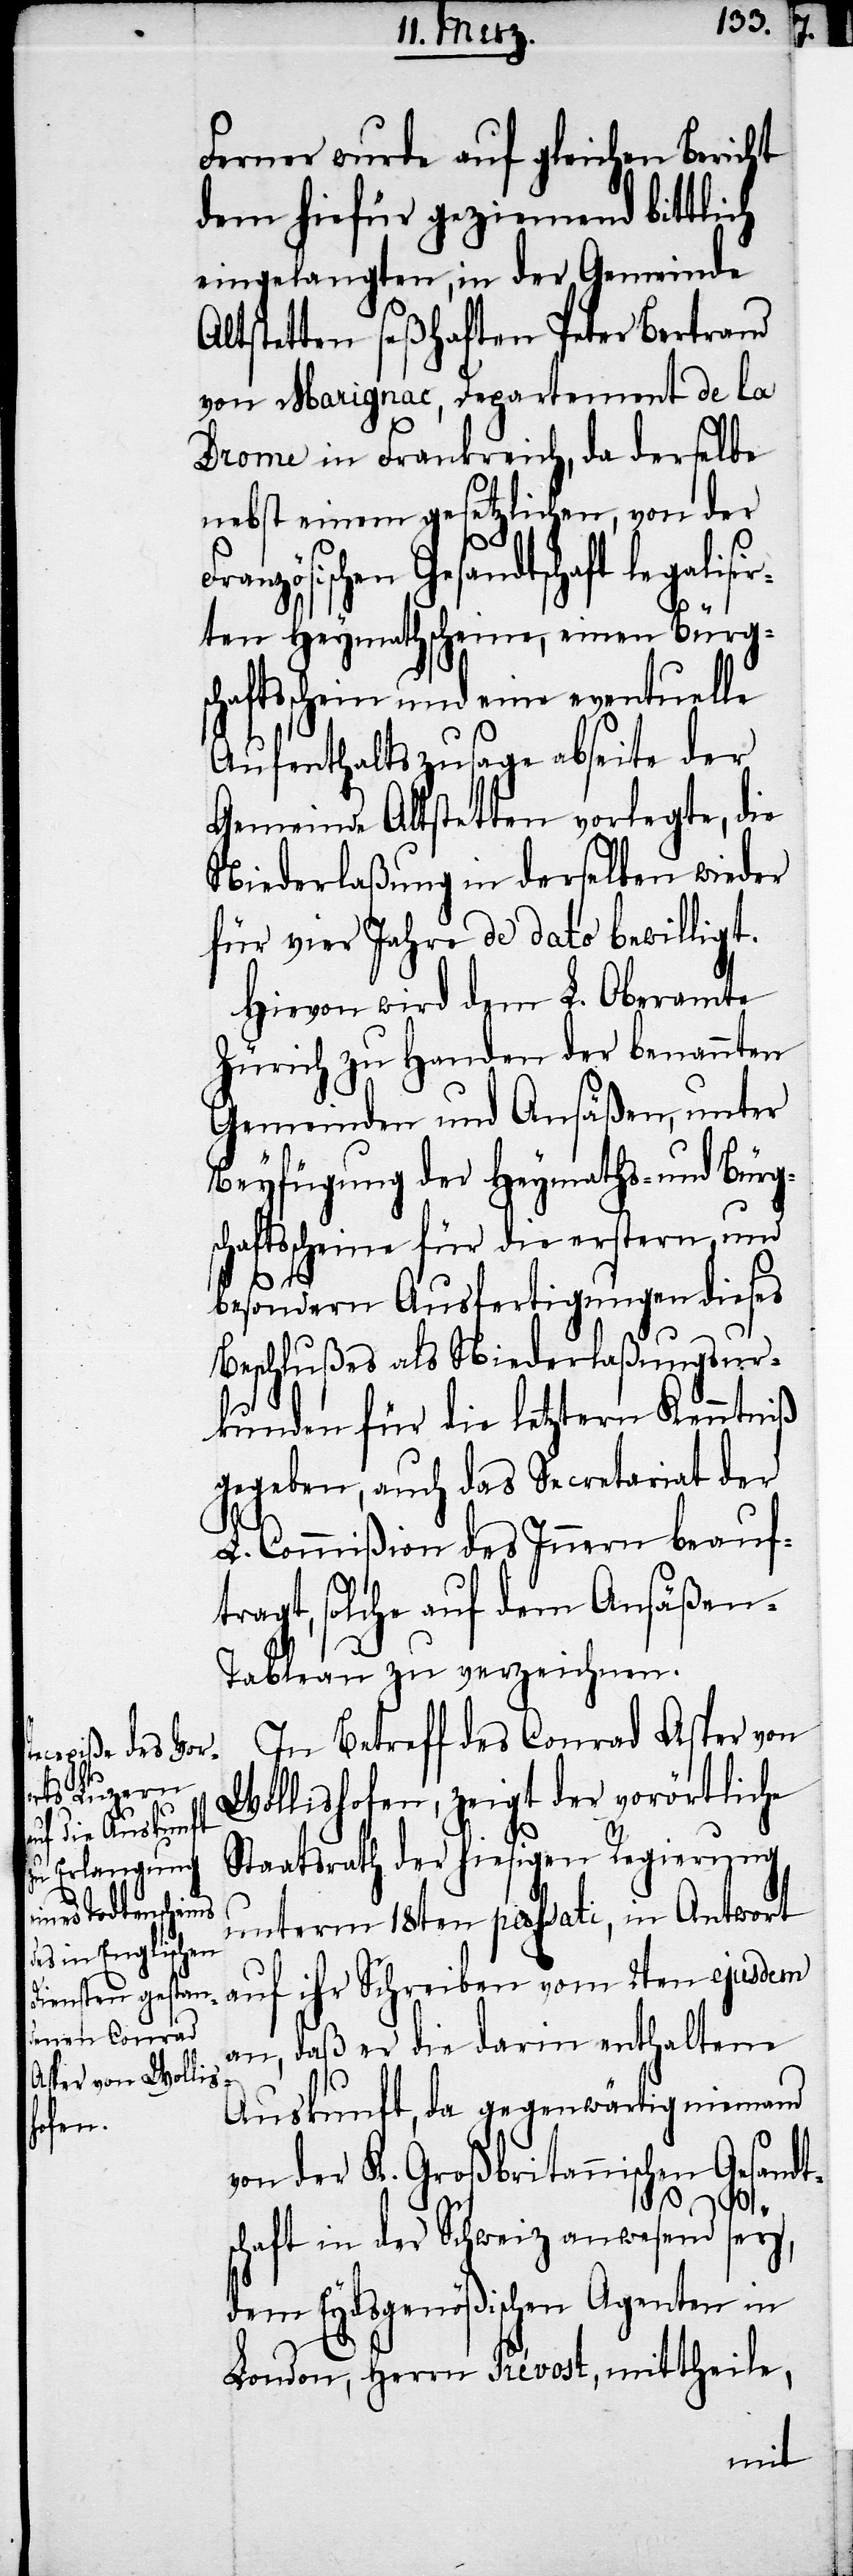
Fran¬

Ferner wurde auf gleichen Bericht
dem hiefür geziemend bittlich
eingelangten, in der Gemeinde
Altstetten seßhaften Peter Bertrand
von Marignac, Departement de la
Drome in Frankreich, da derselbe
nebst einem gesetzlichen, von der
zösischen Gesandtschaft legalis¬
irten Heymathscheine, einen Bürg¬
schaftsschein und eine eventuelle
Aufenthaltszusage abseite der
Gemeinde Altstetten vorlegte, die
Niederlaßung in derselben wieder
für vier Jahre de dato bewilligt.
Hievon wird dem L. Oberamte
Zürich zu Handen der benannten
Gemeinden und Ansäßen, unter
Beyfügung der Heymaths- und Bürg¬
schaftsscheine für die erstern, und
besondern Ausfertigungen dieses
Beschlußes als Niederlaßungsur¬
kunden für die letztern Kenntniß
gegeben, auch das Secretariat der
L. Commißion des Innern beauf¬
tragt, solche auf dem Ansäßen-T¬
ableau zu verzeichnen.
In Betreff des Conrad Aster von
Wollishofen, zeigt der vorörtliche
Staatsrath der hiesigen Regierung
unterm 18ten passati, in Antwort
auf ihr Schreiben vom 2ten ejusdem
an, daß er die darin enthaltene
Auskunft, da gegenwärtig niemand
von der K. Großbritannischen Gesandt¬
schaft in der Schweiz anwesend sey,
dem Eydsgenößischen Agenten in
London, Herrn Prévost, mittheile,